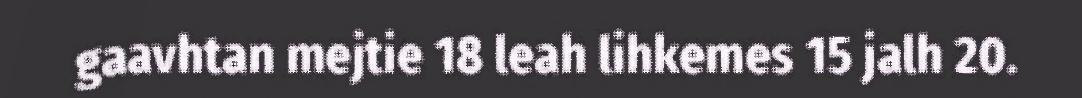
gaavhtan mejtie 18 leah lihkemes 15 jalh 20.